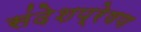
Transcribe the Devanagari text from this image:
संदेशप्रेषण